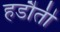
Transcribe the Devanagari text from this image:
हडौती